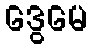
ဒွေမေ